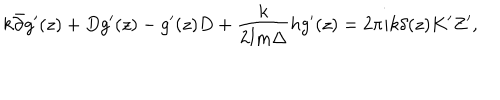
k \bar { \partial } g ^ { \prime } ( z ) + D g ^ { \prime } ( z ) - g ^ { \prime } ( z ) D + \frac { k } { 2 { \mathrm { I m } } \Delta } h g ^ { \prime } ( z ) = 2 \pi i k \delta ( z ) K ^ { \prime } Z ^ { \prime } , \nonumber